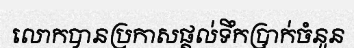
លោកបានប្រកាសផ្តល់ទឹកប្រាក់ចំនួន